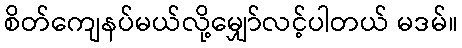
စိတ်ကျေနပ်မယ်လို့မျှော်လင့်ပါတယ် မဒမ်။